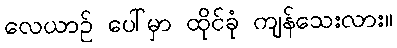
လေယာဉ် ပေါ်မှာ ထိုင်ခုံ ကျန်သေးလား။